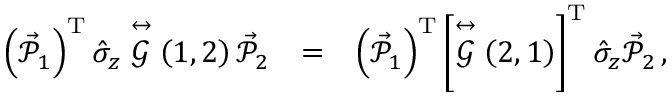
\begin{array} { r l r } { \left( \vec { \mathcal { P } } _ { 1 } \right) ^ { \mathrm { T } } \hat { \sigma } _ { z } \stackrel { \leftrightarrow } { \mathcal { G } } \left( 1 , 2 \right) \vec { \mathcal { P } } _ { 2 } } & { = } & { \left( \vec { \mathcal { P } } _ { 1 } \right) ^ { \mathrm { T } } \left\lbrack \stackrel { \leftrightarrow } { \mathcal { G } } \left( 2 , 1 \right) \right\rbrack ^ { \mathrm { T } } \hat { \sigma } _ { z } \vec { \mathcal { P } } _ { 2 } \, , } \end{array}